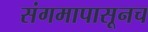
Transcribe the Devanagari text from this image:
संगमापासूनच